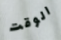
الوقت